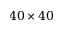
4 0 \times 4 0